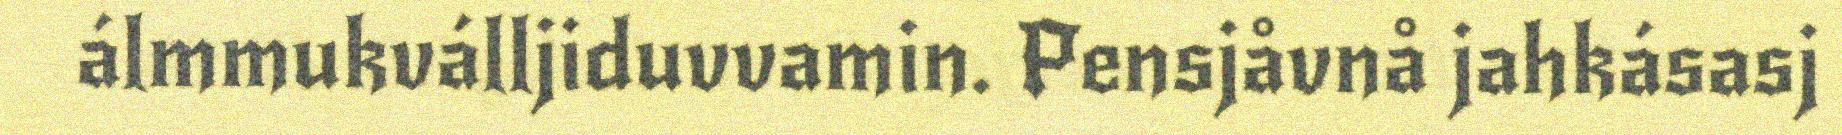
álmmukválljiduvvamin. Pensjåvnå jahkásasj